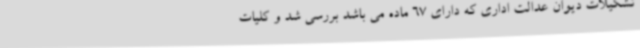
تشکیلات دیوان عدالت اداری که دارای 67 ماده می باشد بررسی شد و کلیات